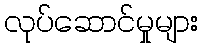
လုပ်ဆောင်မှုများ